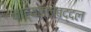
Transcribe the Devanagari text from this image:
नाट्यकलेबद्दल